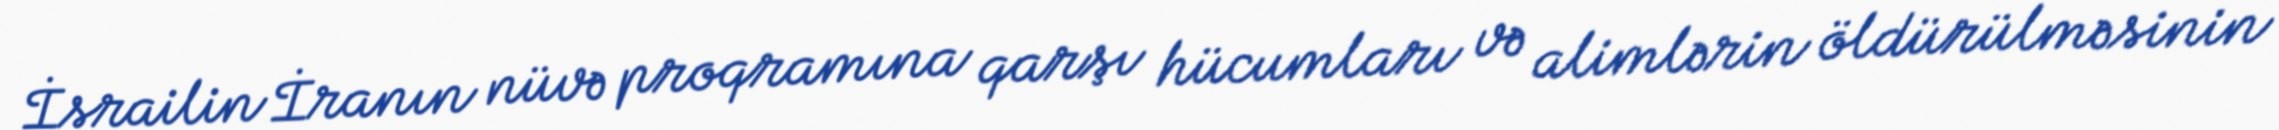
İsrailin İranın nüvə proqramına qarşı hücumları və alimlərin öldürülməsinin